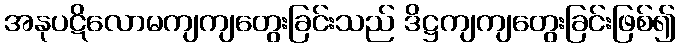
အနုပဋိလောမကျကျတွေးခြင်းသည် ဒိဋ္ဌကျကျတွေးခြင်းဖြစ်၍